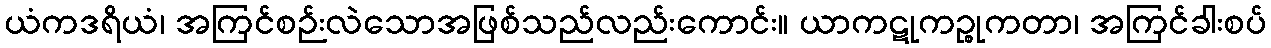
ယံကဒရိယံ၊ အကြင်စဉ်းလဲသောအဖြစ်သည်လည်းကောင်း။ ယာကဋုကဉ္စုကတာ၊ အကြင်ခါးစပ်